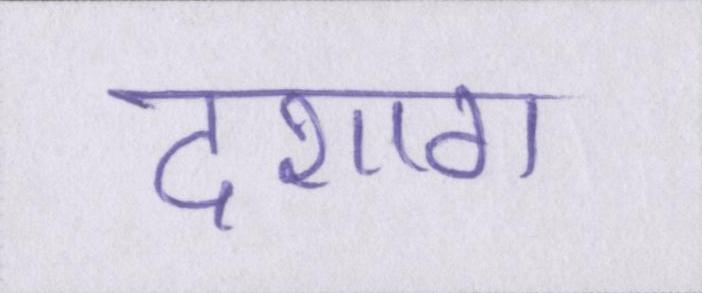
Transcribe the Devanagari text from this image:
दशाॻ